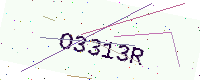
Text: O3313R